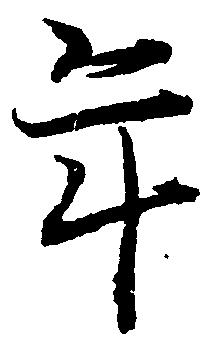
年